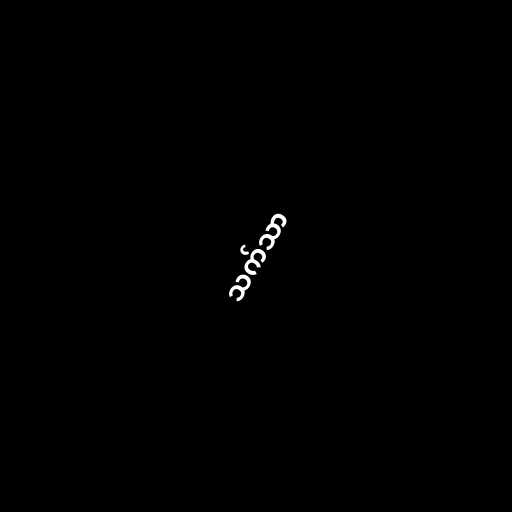
သက်သာ